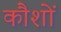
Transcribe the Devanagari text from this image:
कौशों